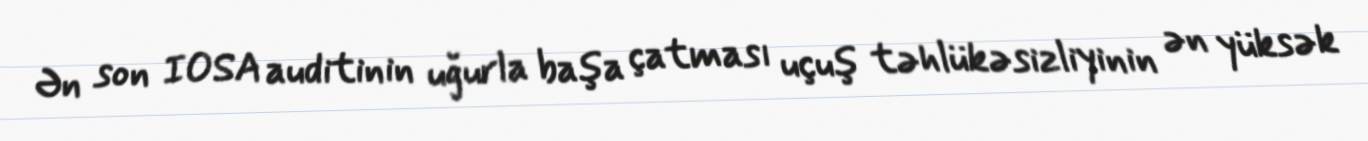
Ən son IOSA auditinin uğurla başa çatması uçuş təhlükəsizliyinin ən yüksək